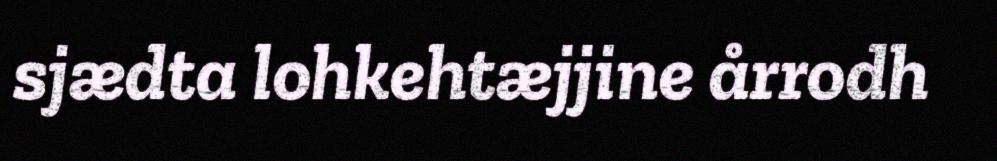
sjædta lohkehtæjjine årrodh